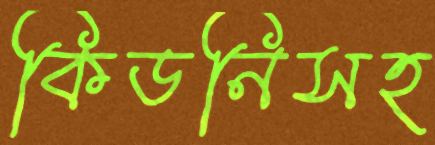
কিডনিসহ